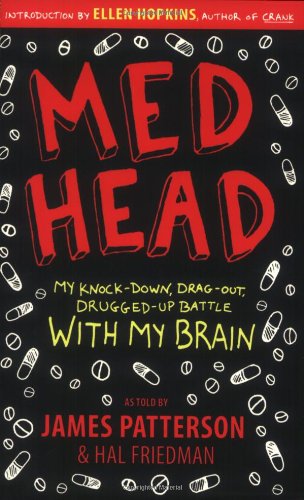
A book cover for Med Head: My Knock-down, Drag-out, Drugged-up Battle with My Brain; James Patterson; Teen & Young Adult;